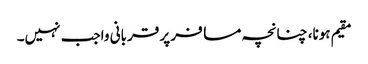
مقیم ہونا، چنانچہ مسافر پر قربانی واجب نہیں۔